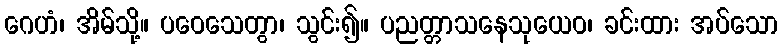
ဂေဟံ၊ အိမ်သို့။ ပဝေသေတွာ၊ သွင်း၍။ ပညတ္တာသနေသုယေဝ၊ ခင်းထား အပ်သော